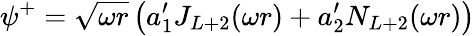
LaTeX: \psi^{+}=\sqrt{\omega r}\left(a_{1}^{\prime}J_{L+2}(\omega r)+a_{2}^{\prime}N_{L+2}(\omega r)\right)